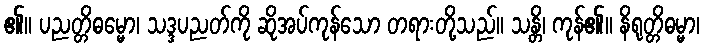
၏။ ပညတ္တိဓမ္မော၊ သဒ္ဒပညတ်ကို ဆိုအပ်ကုန်သော တရားတို့သည်။ သန္တိ၊ ကုန်၏။ နိရုတ္တိဓမ္မာ၊